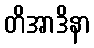
တိအာဒိနာ